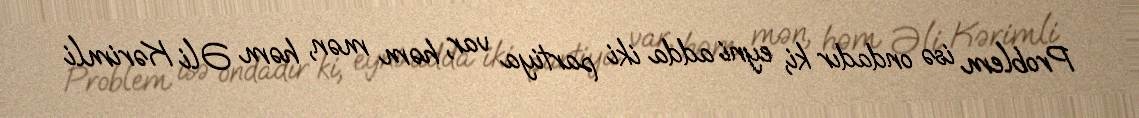
Problem isə ondadır ki, eyni adda iki partiya var, həm mən, həm Əli Kərimli